Indian Medical Review
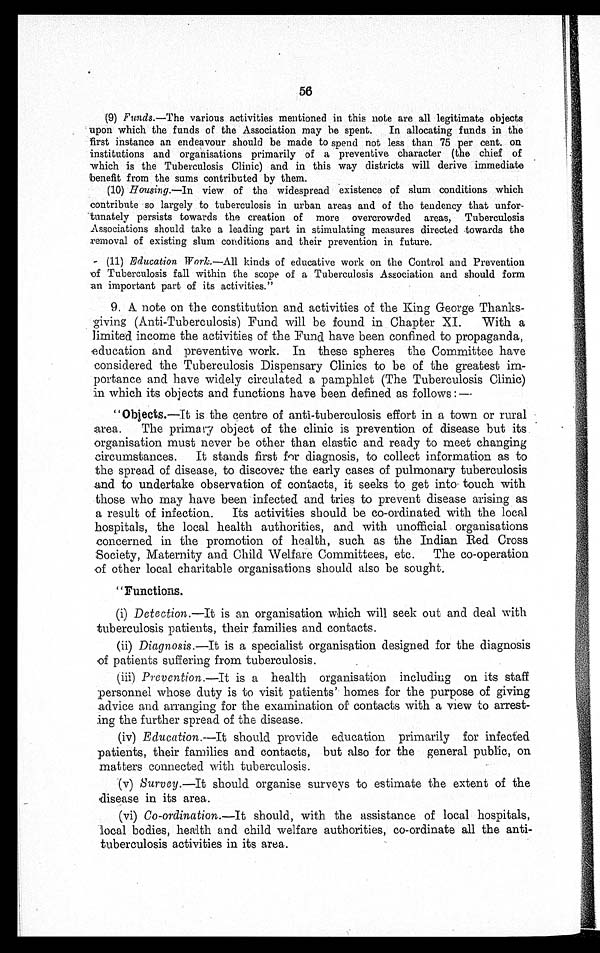
56
(9) Funds.—The various activities mentioned in this note are all legitimate objects
upon whi ch t he funds of t he Associ at i on may be spent . In al l ocat i ng funds i n t he
first instance an endeavour should be made to spend not less than 75 per cent. on
institutions and organisations primarily of a preventive character (the chief of
which is the Tuberculosis Clinic) and in this way districts will derive immediate
benefit from the sums contributed by them.
(10) Housing.—In view of the widespread existence of slum conditions which
contribute so largely to tuberculosis in urban areas and of the tendency that unfor-
t u n a t e l y p e r s i s t s t o w a r d s t h e c r e a t i o n o f m o r e o v e r c r o w d e d a r e a s , T u b e r c u l o s i s
Associations should take a leading part in stimulating measures directed towards the
removal of existing slum conditions and their prevention in future.
- (11) Education Work.—All kinds of educative work on the Control and Prevention
of Tuberculosis fall within the scope of a Tuberculosis Association and should form
an important part of its activities."
9. A note on the constitution and activities of the King George Thanks-
giving (Anti-Tuberculosis) Fund will be found in Chapter XI. With a
limited income the activities of the Fund have been confined to propaganda,
education and preventive work. In these spheres the Committee have
considered the Tuberculosis Dispensary Clinics to be of the greatest im-
portance and have widely circulated a pamphlet (The Tuberculosis Clinic)
in which its objects and functions have been defined as follows:—
"Objects.—It is the centre of anti-tuberculosis effort in a town or rural
area.
The primary object of the clinic is prevention of disease but its
organisation must never be other than elastic and ready to meet changing
circumstances. It stands first for diagnosis, to collect information as to
the spread of disease, to discover the early cases of pulmonary tuberculosis
and to undertake observation of contacts, it seeks to get into touch with
those who may have been infected and tries to prevent disease arising as
a result of infection. Its activities should be co-ordinated with the local
hospitals, the local health authorities, and with unofficial organisations
concerned in the promotion of health, such as the Indian Red Cross
Society, Maternity and Child Welfare Committees, etc. The co-operation
of other local charitable organisations should also be sought.
" Functions.
(i) Detection.—It is an organisation which will seek out and deal with
tuberculosis patients, their families and contacts.
(ii) Diagnosis.—It is a specialist organisation designed for the diagnosis
of patients suffering from tuberculosis.
(iii) Prevention.—It is a health organisation including on its staff
personnel whose duty is to visit patients' homes for the purpose of giving
advice and arranging for the examination of contacts with a view to arrest-
ing the further spread of the disease.
(iv) Education.--It should provide education primarily for infected
patients, their families and contacts, but also for the general public, on
matters connected with tuberculosis.
(v) Survey.—It should organise surveys to estimate the extent of the
disease in its area.
(vi) Co-ordination.--It should, with the assistance of local hospitals,
local bodies, health and child welfare authorities, co-ordinate all the anti-
tuberculosis activities in its area.